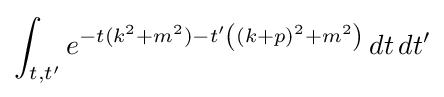
\int _{t,t'}e^{-t(k^{2}+m^{2})-t'\left((k+p)^{2}+m^{2}\right)}\,dt\,dt'